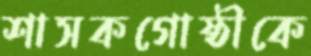
শাসকগোষ্ঠীকে